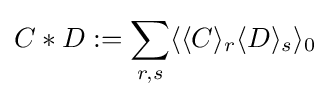
C*D:=\sum _{r,s}\langle \langle C\rangle _{r}\langle D\rangle _{s}\rangle _{0}